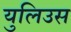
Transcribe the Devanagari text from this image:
युलिउस